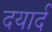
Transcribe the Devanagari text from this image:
दयार्द